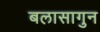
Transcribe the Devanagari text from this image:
बलासागुन